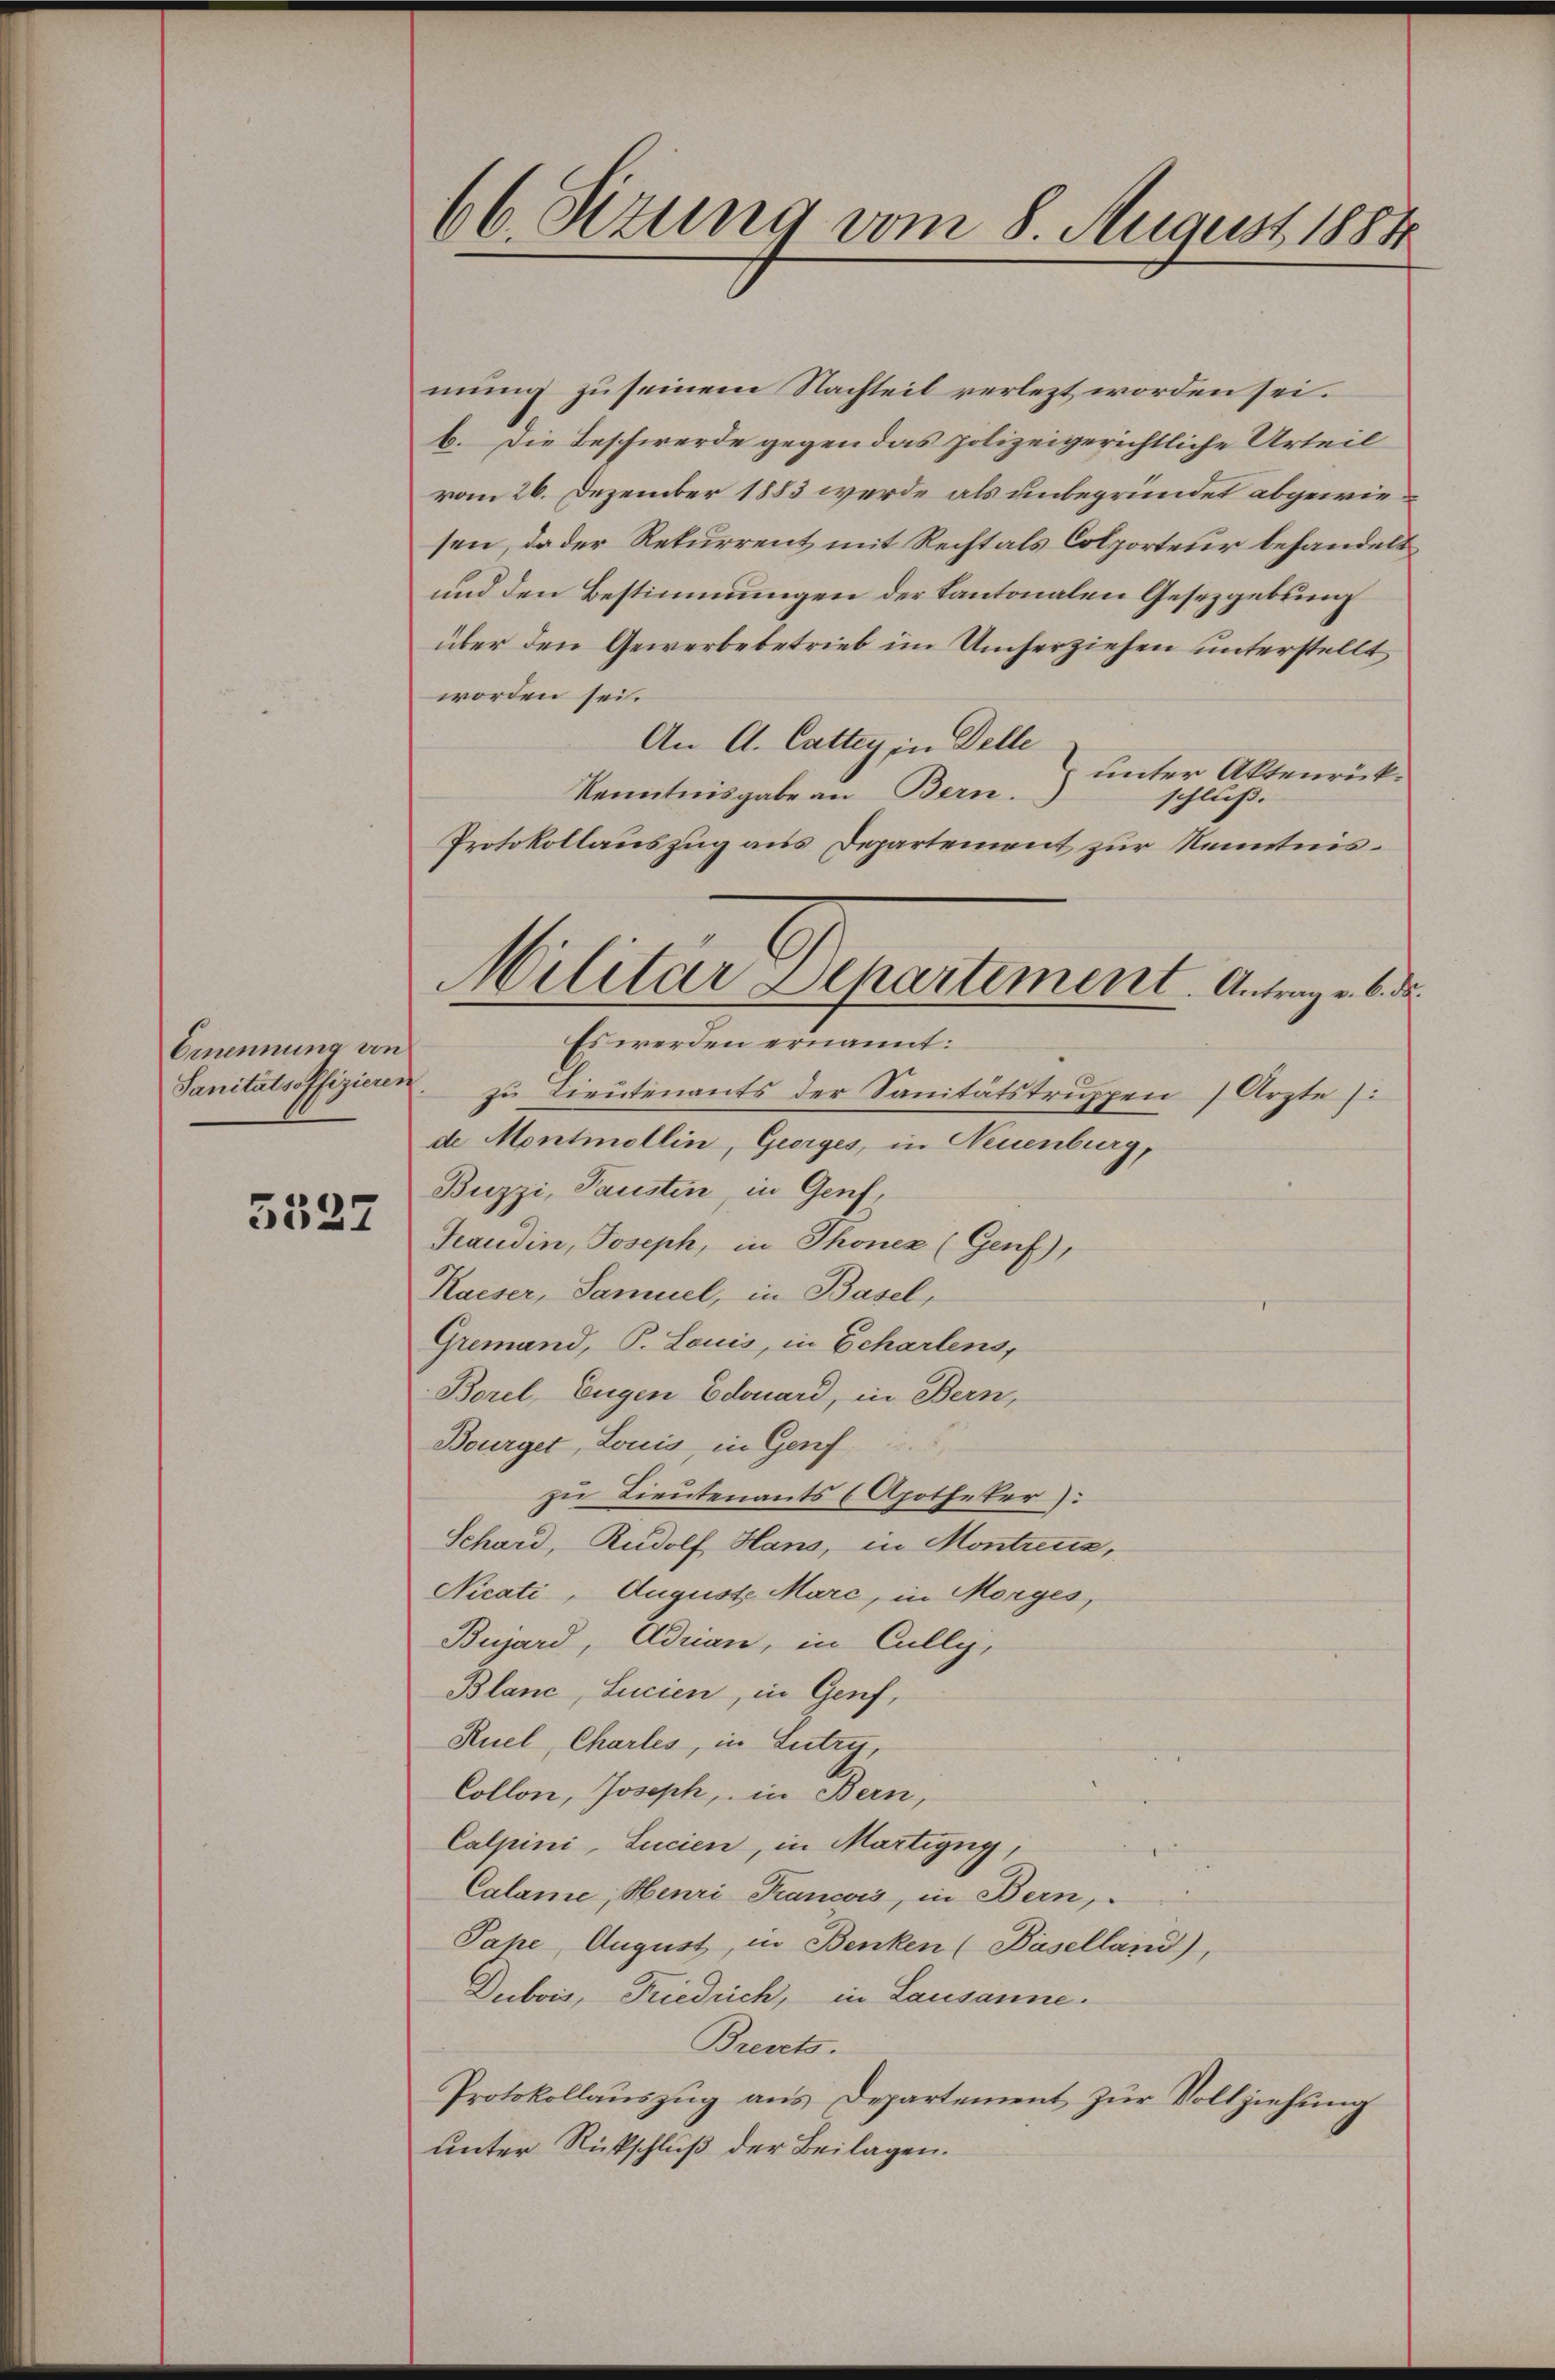
Emnennung von
Sanitätsoffizieren

3537

66. Sitzung vom 8. August 1884

Militar Departement. Antrag v. 6. d.
d

mung zu seinem Nachteil verlezt worden sei.
b. Die Beschwerde gegen das polizeigerichtliche Urteil
vom 26. Dezember 1883 werde als unbegründet abgewiesen, da der Rekurrent mit Recht als Colporteur behandelt
und den Bestimmungen der Kantonalen Gesetzgebung
über den Gewerbebetrieb im Umherziehen unterstellt
worden sei.
An A. Cattey in Delle
unter Aktenrück¬
Kenntnisgabe an Bern.
schluß.
Protokollauszug aus Departement zur Kenntnis¬
Es werden ernannt:
zu Lieutenants der Sanitätstruppen Ärzte:
de Montmollin, Georges, in Neuenburg,
Buzzi, Pausten, in Genf,
Teaudin, Joseph, in Thonen (Genf),
Kaiser, Samuel, in Basel,
Gremand, P. Louis, in Schartens,
Borel, Eugen Edouard, in Bern,
Bourget, Louis, in Genf
zu Lieutenants (Apotheker).
Schard, Rudolf Hans, in Montrenz,
Nicati, August Marc, in Morges,
Bujard, Adrian, in Cully,
Blanc, Lucien, in Genf,
Ruel, Charles, in Lutry,
Collen, Joseph, in Bern,
Calpini, Lucien, in Martigny,
Calame, Henri-Krancois, in Bern,
Pape, August, in Benken (Baselland),
Dubois, Friedrich, in Lausanne.
Brevets.
Protokollauszug aus Departement zur Vollziehung
unter Rückschluß der Beilagen.